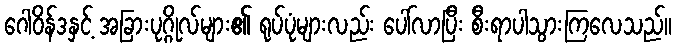
ဂေါဝိန်ဒနှင့် အခြားပုဂ္ဂိုလ်များ၏ ရုပ်ပုံများလည်း ပေါ်လာပြီး စီးရာပါသွားကြလေသည်။